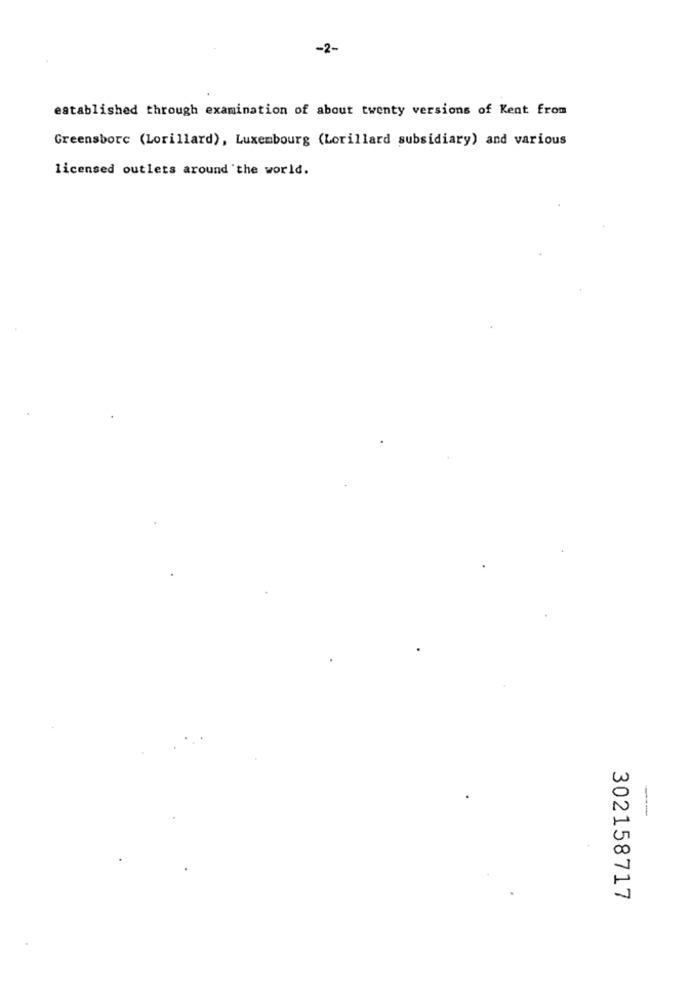
established through examination of about twenty versions of Kent from
Greensborc (Lorillard), Luxembourg (Lorillard subsidiary) and various
licensed outlets around the world.
302158717